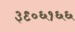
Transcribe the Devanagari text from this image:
३९०६१६६